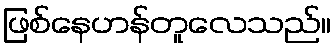
ဖြစ်နေဟန်တူလေသည်။